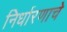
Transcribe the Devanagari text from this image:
निर्धारणाचे